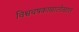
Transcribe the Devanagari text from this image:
विश्वचषकाखालोखाल